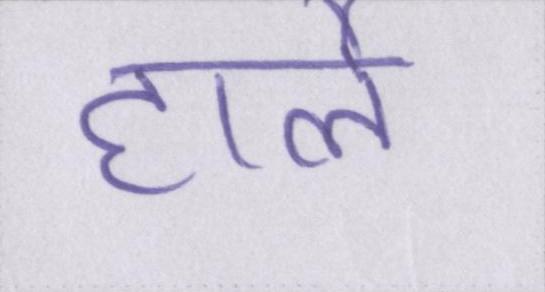
हार्ले